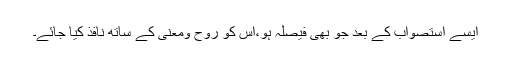
ایسے استصواب کے بعد جو بھی فیصلہ ہو،اس کو روح ومعنی کے ساتھ نافذ کیا جائے۔